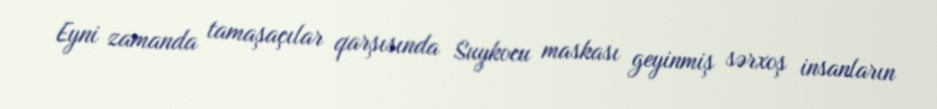
Eyni zamanda tamaşaçılar qarşısında Suykocu maskası geyinmiş sərxoş insanların